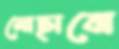
মোছাবো